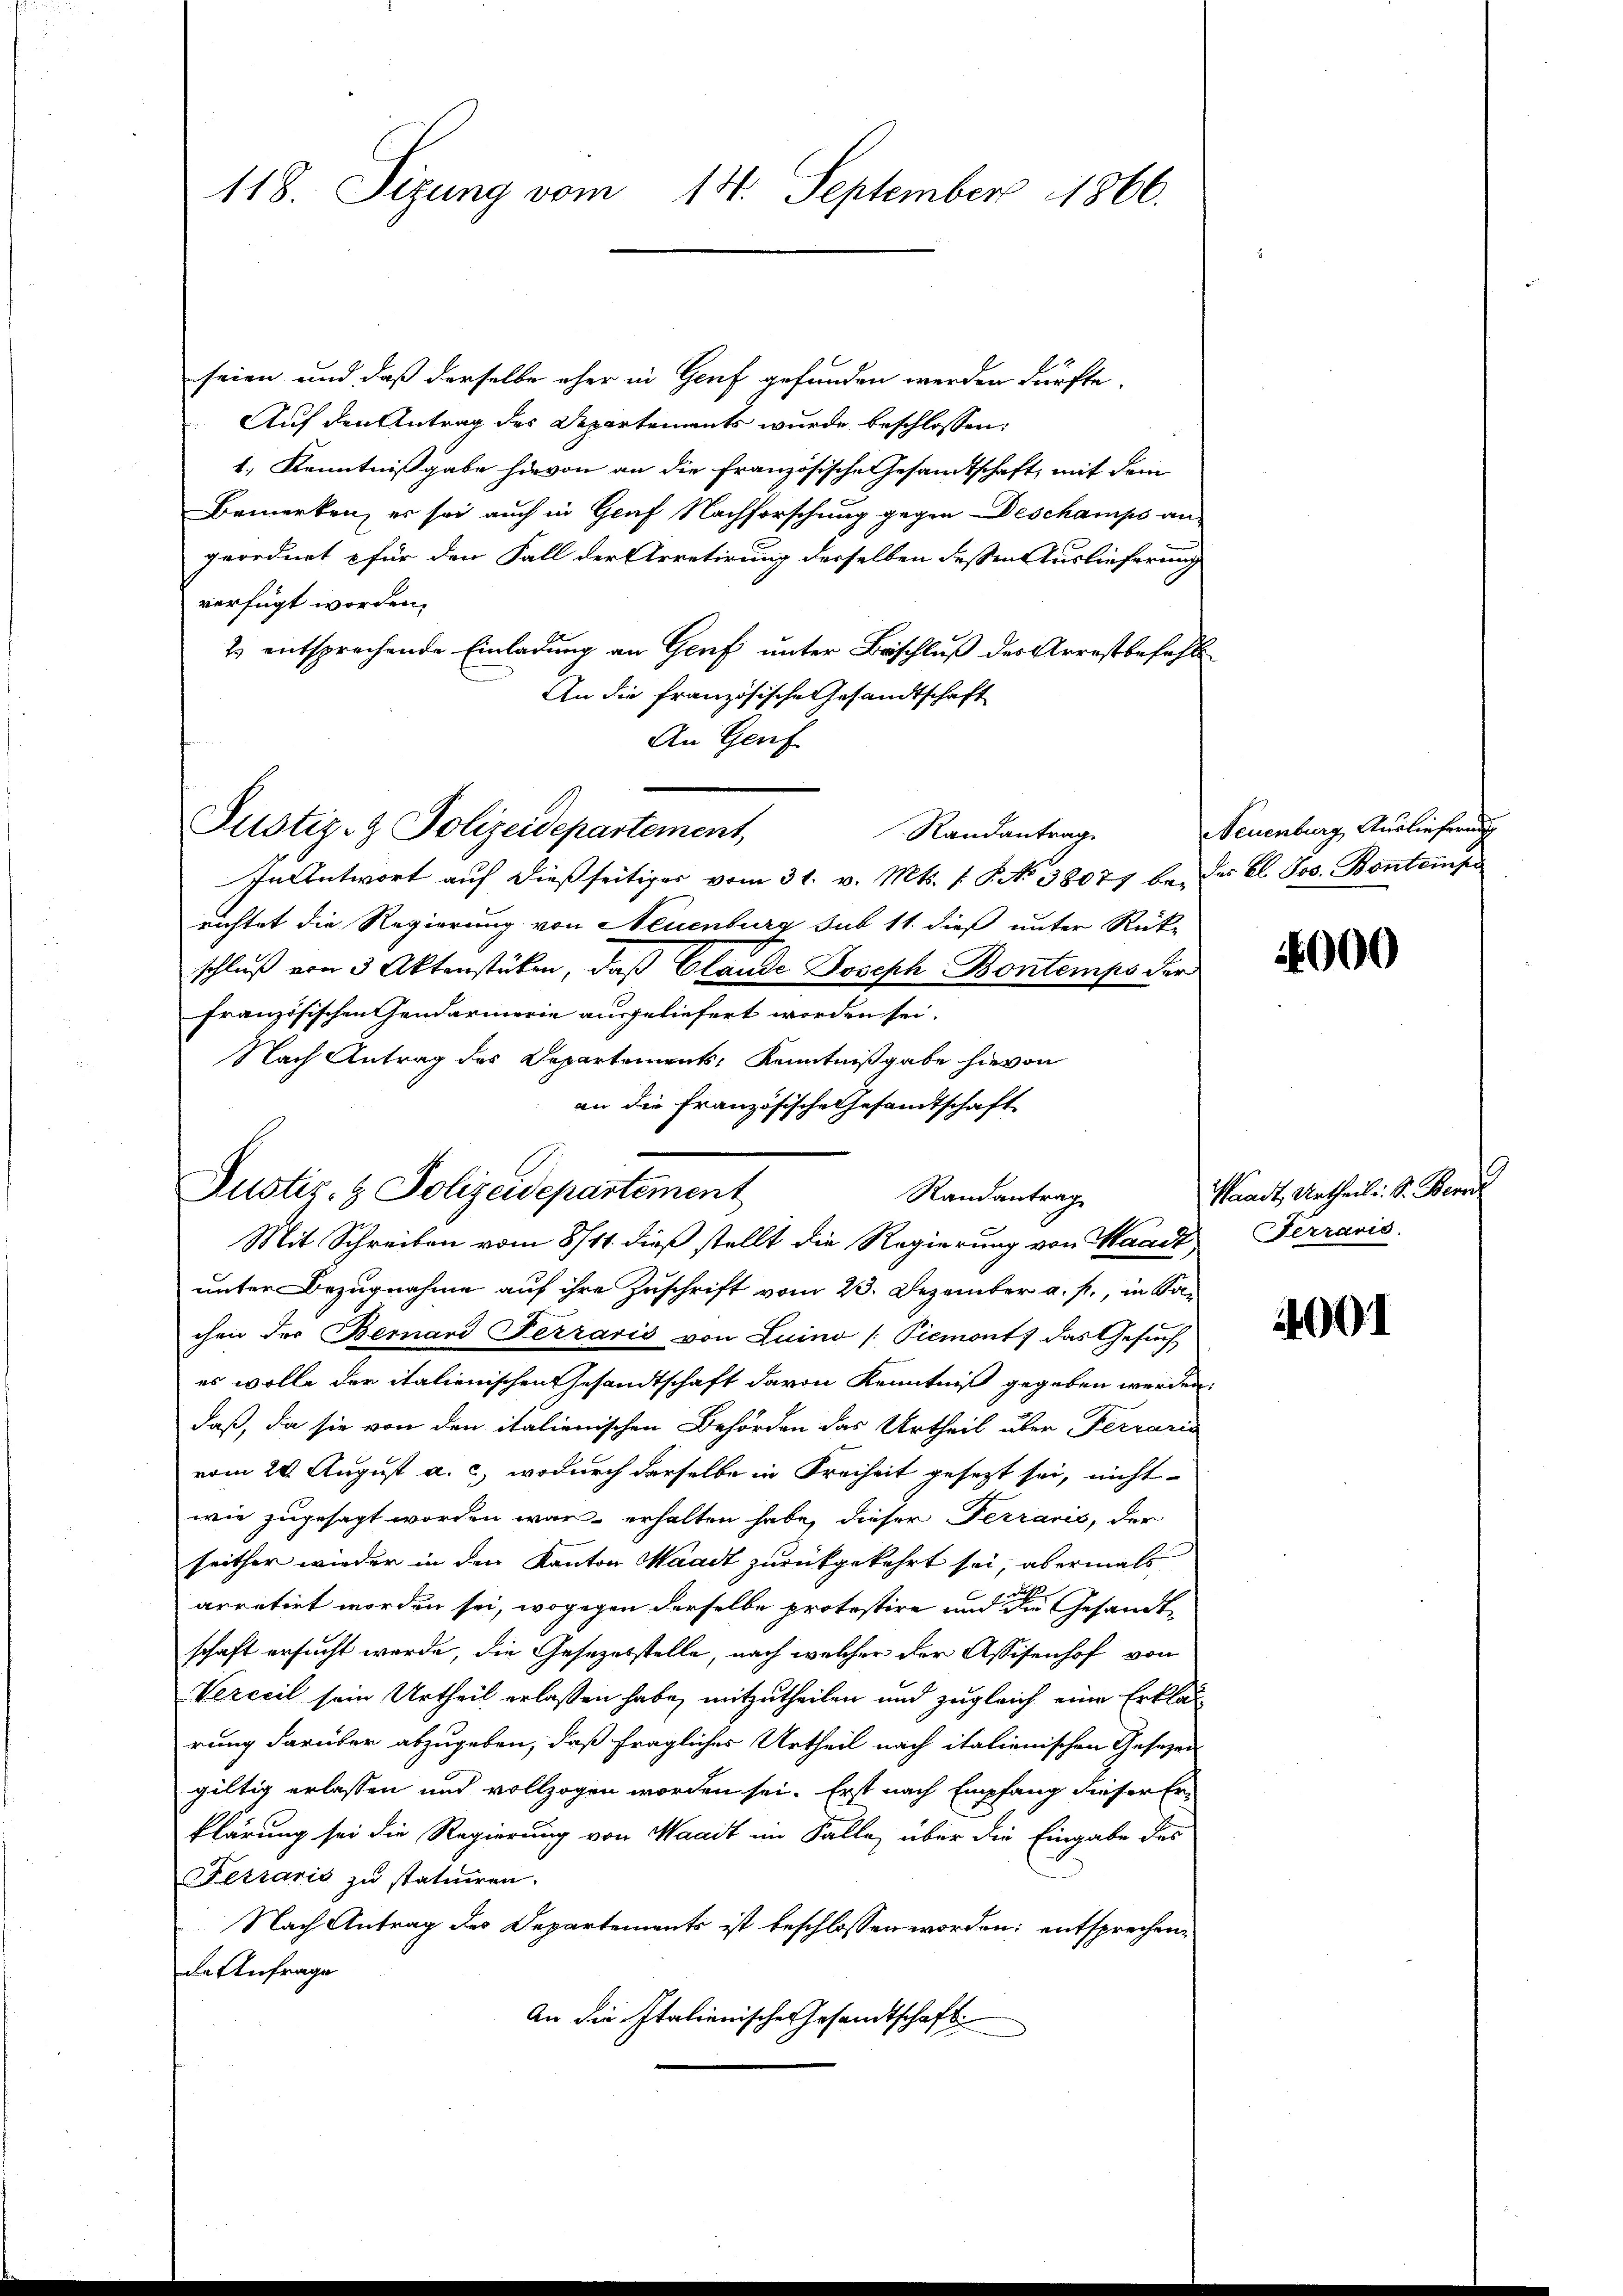
118. Sizung vom 14. September 1866.

seien und daß derselbe eher in Genf gefunden werden dürfte.
Auf den Antrag des Departements wurde beschlossen:
1.) Kenntnißgabe hievon an die Französische Gesandtschaft, mit dem
Bemerken, er sei auch in Genf Nachforschung gegen Deschamps an
geordnet für den Fall der Arretirung desselben dessen Auslieferung
verfügt worden.
2 entsprechende Einladung an Genf unter Beschluß des Arrestbefehl
An die französische Gesandtschaft
An Genf
Randantrag
In Antwort auf dießseitiges vom 31. v. Mts. f. P. No 38077 be, des Cl. Jos. Bontainpe
richtet die Regierung von Neuenburg sub 11. dieß unter Rück-
schluß von 3 Aktenstüken, daß Glande Joseph Bontemps der
französischen Gendarmerie ausgeliefert worden sei.
Nach Antrag des Departements Kenntnißgabe hievon
an die Französische Gesandtschaft
unter Bezugnahme auf ihre Zuschrift vom 23. Dezember a. p., in Solchen der Bernard Ferraris von Luino (Piemont) das Gesuch
es wolle der italienischen Gesandtschaft davon Kenntniß gegeben werden,
daß, da sie von den italienischen Behörden das Urtheil über Ferraria
vom 20. August a. c., wodurch derselbe in Freiheit gesezt sei, nicht
wie zugesagt worden war, erhalten habe, dieser Ferraris, der
seither wieder in den Kanton Waadt zurückgekehrt sei, abermals
arretirt worden sei, wogegen derselbe protestire und die Gesandtschaft ersucht werde, die Gesezesstelle, nach welcher der Assisenhof von
Verceil sein Urtheil erlassen habe, mitzutheilen und zugleich eine Erklär
rung darüber abzugeben, daß fragliches Urtheil nach italienischen Gesezen
giltig erlassen und vollzogen worden sei. Erst nach Empfang dieser Erklärung sei die Regierung von Waadt im Falle, über die Eingabe des
Fetraris zu statuiren.
Nach Antrag des Departements ist beschlossen worden; entsprechende Anfrage
An die Italienische Gesandtschaft

Justiz- & Polizeidepartement,

Justiz- & Polizeidepartement
Randantrag
Mit Schreiben vom 8/11. dieß stellt die Regierung von Waadt

Neuenburg, Auslieferung

1000

Waadt Urtheili S. Berech
Terraris.

4001